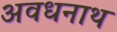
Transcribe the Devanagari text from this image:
अवधनाथ